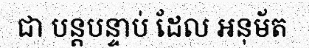
ជា បន្តបន្ទាប់ ដែល អនុម័ត